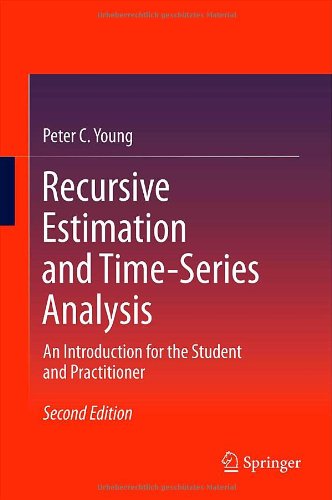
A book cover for Recursive Estimation and Time-Series Analysis: An Introduction for the Student and Practitioner; Peter C. Young; Science & Math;